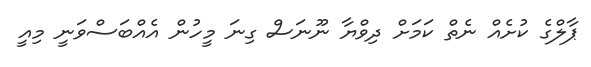
ޕާލްގެ ކުށެއް ނެތް ކަމަށް ދިވްޔާ ނޫނަސް ގިނަ މީހުން އެއްބަސްވަނީ މިއީ